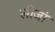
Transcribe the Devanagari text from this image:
लीजां